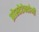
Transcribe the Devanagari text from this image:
प्रोस्टेटेक्टोमी